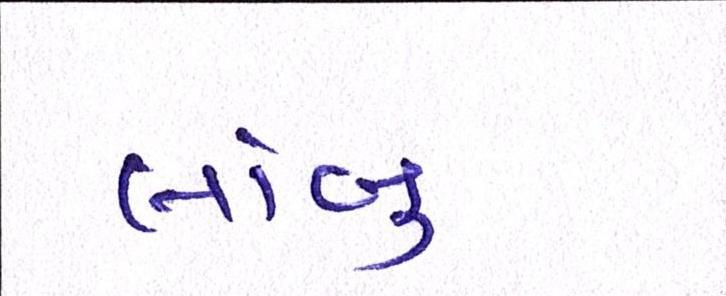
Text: લાંબુ